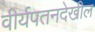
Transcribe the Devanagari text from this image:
वीर्यपतनदेखील